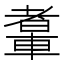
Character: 䡤